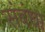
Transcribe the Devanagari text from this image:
संबंधा